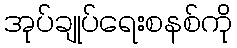
အုပ်ချုပ်ရေးစနစ်ကို